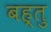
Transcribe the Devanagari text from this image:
बह्तु